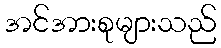
အင်အားစုများသည်